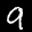
Label: 9